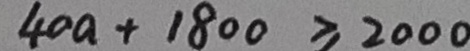
4 0 a + 1 8 0 0 \geq 2 0 0 0